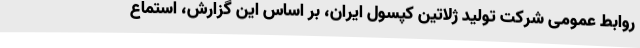
روابط عمومی شرکت تولید ژلاتین کپسول ایران، بر اساس این گزارش، استماع